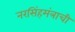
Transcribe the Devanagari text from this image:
नरसिंहमंत्राची